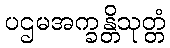
ပဌမအက္ခန္တိသုတ္တံ